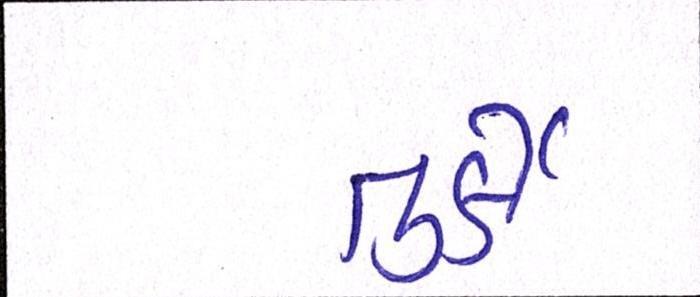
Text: તુર્કી